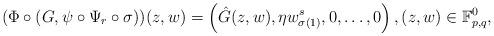
LaTeX: \begin{align*}(\Phi\circ(G,\psi\circ\Psi_r\circ\sigma))(z,w)=\left(\hat G(z,w),\eta w_{\sigma(1)}^s,0,\dots,0\right),(z,w)\in\mathbb F^0_{p,q},\end{align*}